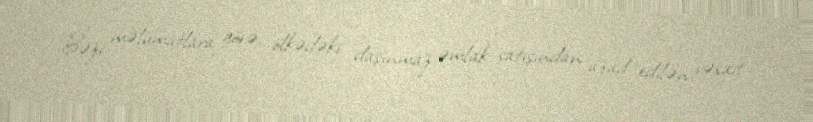
Bəzi məlumatlara görə, ölkədəki daşınmaz əmlak satışından azad edilən vəsait